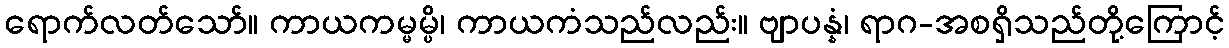
ရောက်လတ်သော်။ ကာယကမ္မမ္ပိ၊ ကာယကံသည်လည်း။ ဗျာပန္နံ၊ ရာဂ-အစရှိသည်တို့ကြောင့်